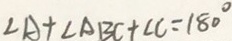
\angle A + \angle A B C + \angle C = 1 8 0 ^ { \circ }